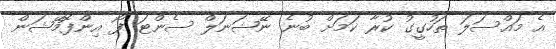
އެ މައްސަލަ ތަހުގީގު ކުރާ ކަމަށް ބުނެ ނޭޝަނަލް ސެންޓަ ފޯ އިންފޮމޭޝަން